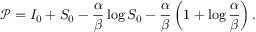
\mathcal { P } = I _ { 0 } + S _ { 0 } - \frac { \alpha } { \beta } \log S _ { 0 } - \frac { \alpha } { \beta } \left( 1 + \log \frac { \alpha } { \beta } \right) .